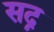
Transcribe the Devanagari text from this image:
सद्न